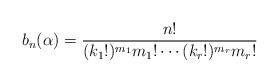
LaTeX: \begin{align*}b_n(\alpha)=\dfrac{n!}{(k_1!)^{m_1}m_1!\cdots (k_r!)^{m_r}m_r! }\end{align*}